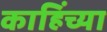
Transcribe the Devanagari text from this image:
काहिंच्या